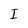
Character: I